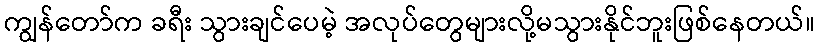
ကျွန်တော်က ခရီး သွားချင်ပေမဲ့ အလုပ်တွေများလို့မသွားနိုင်ဘူးဖြစ်နေတယ်။